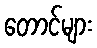
တောင်များ